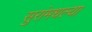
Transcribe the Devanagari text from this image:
सुरांमधल्या